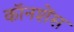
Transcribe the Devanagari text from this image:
कॉनशेंस